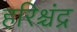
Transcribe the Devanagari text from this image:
हरिश्चंद्र